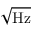
\mathrm { \sqrt { H z } }